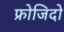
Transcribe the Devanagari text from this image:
फ्रोजिदो